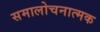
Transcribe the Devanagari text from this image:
समालोचनात्‍मक